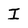
Character: I